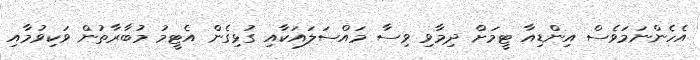
އެހެންނަމަވެސް އިންޑިއާ ޓީމަށް ދިމާވި ވިސާ މައްސަލައަކާއި ގުޅިގެން އެޓީމު މުބާރާތުން ވަކިވުމާއި